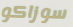
سوزاكو